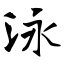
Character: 泳